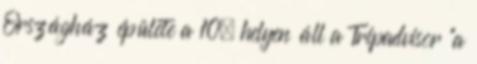
Országház épülete a 10. helyen áll a Tripadvisor “a